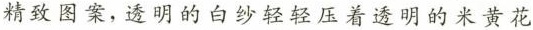
精致图案，透明的白纱轻轻压着透明的米黄花